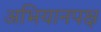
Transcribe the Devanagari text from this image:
अभियानपक्ष